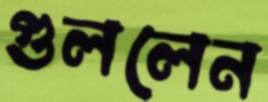
গুললেন